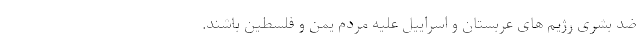
ضد بشری رژیم های عربستان و اسراییل علیه مردم یمن و فلسطین باشند.